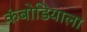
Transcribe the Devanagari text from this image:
कंबोडियाला